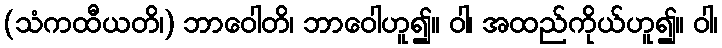
(သံကထီယတိ၊) ဘာဝေါတိ၊ ဘာဝေါဟူ၍။ ဝါ၊ အထည်ကိုယ်ဟူ၍။ ဝါ၊